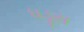
ધડૂસ